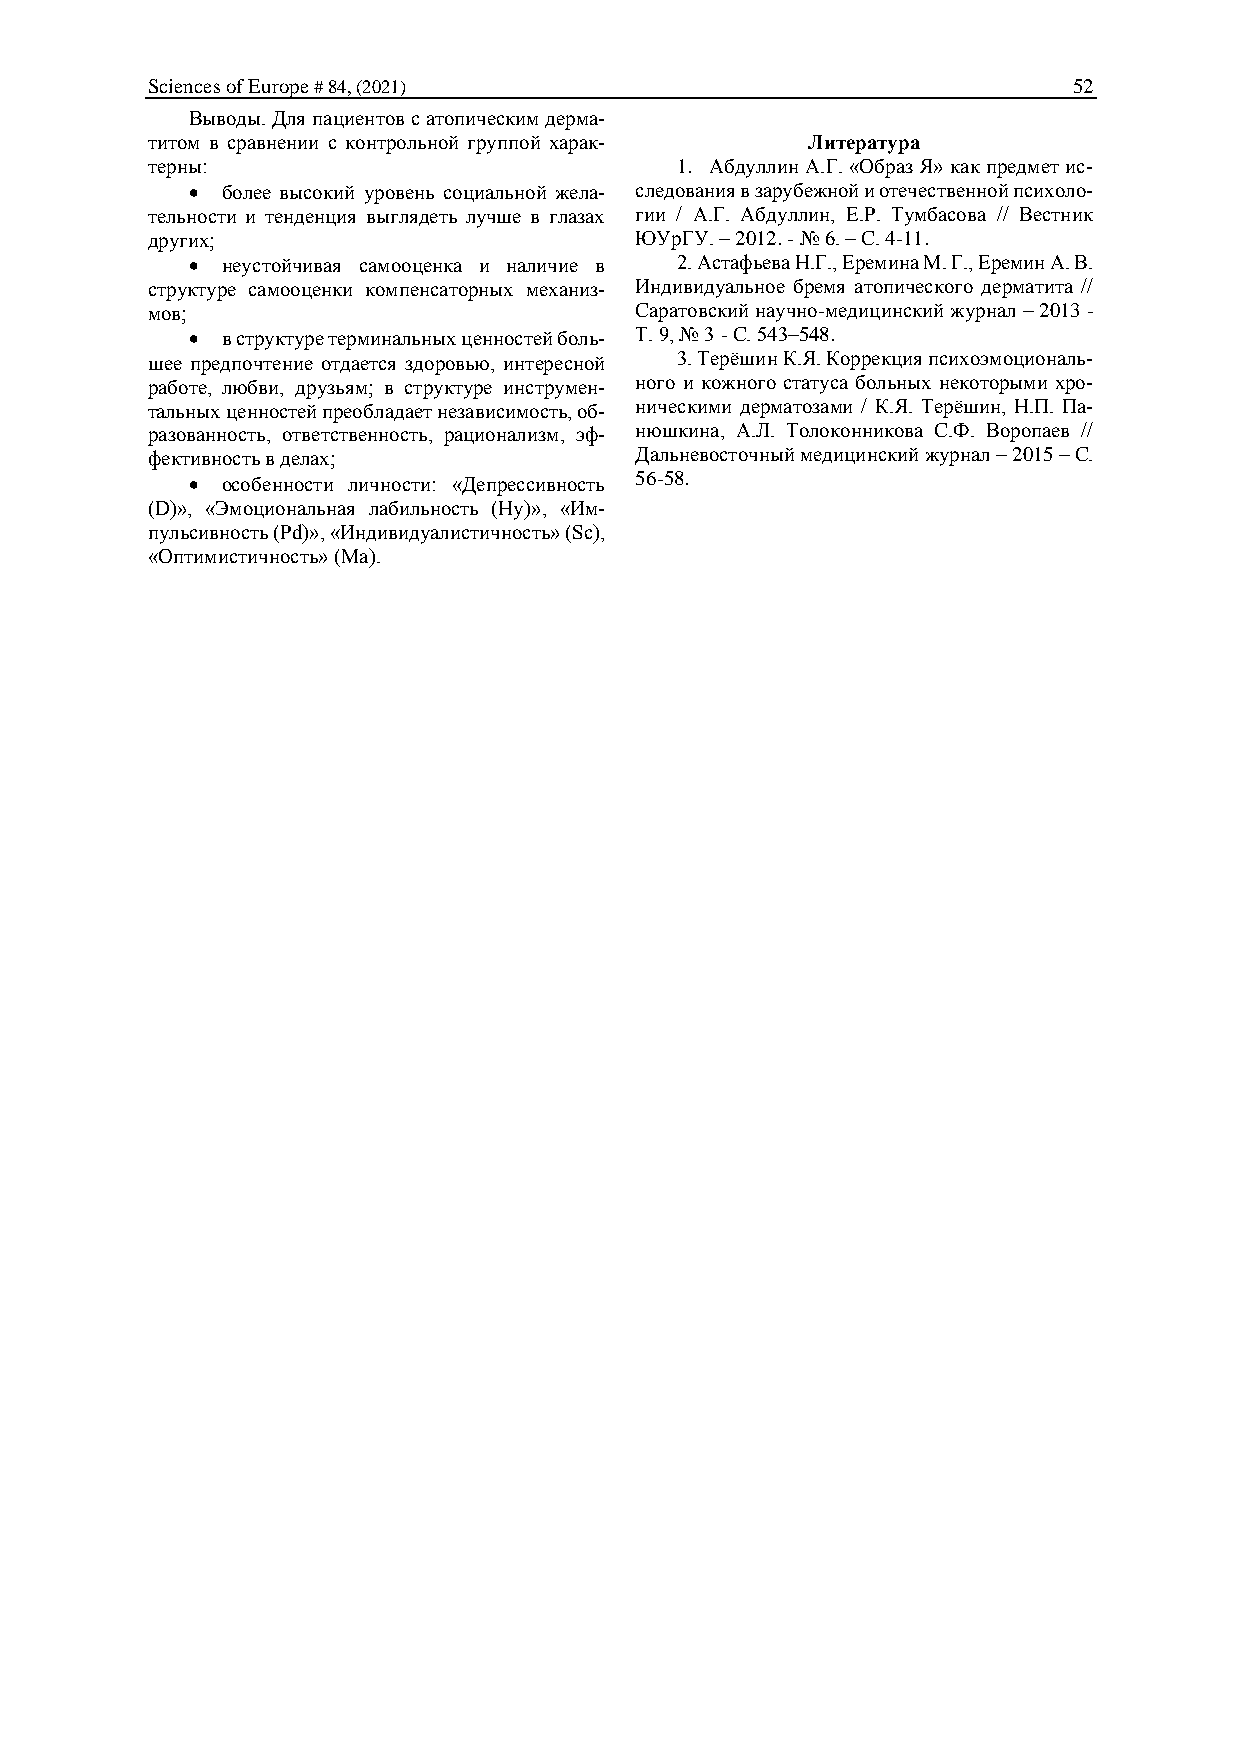
Sciences of Europe # 84, (2021)                              52
 Выводы. Для пациентов с атопическим дерма-
 титом в сравнении с контрольной группой харак- Литература
 терны:                             1. Абдуллин А.Г. «Образ Я» как предмет ис-
 • более высокий уровень социальной жела- следования в зарубежной и отечественной психоло-
 тельности и тенденция выглядеть лучше в глазах гии / А.Г. Абдуллин, Е.Р. Тумбасова // Вестник
 других;                         ЮУрГУ. – 2012. - № 6. – С. 4-11.
 • неустойчивая самооценка и наличие в 2. Астафьева Н.Г., Еремина М. Г., Еремин А. В.
 структуре самооценки компенсаторных механиз- Индивидуальное бремя атопического дерматита //
 мов;                            Саратовский научно-медицинский журнал – 2013 -
 • в структуре терминальных ценностей боль- Т. 9, № 3 - С. 543–548.
 шее предпочтение отдается здоровью, интересной 3. Терёшин К.Я. Коррекция психоэмоциональ-
 работе, любви, друзьям; в структуре инструмен- ного и кожного статуса больных некоторыми хро-
 тальных ценностей преобладает независимость, об- ническими дерматозами / К.Я. Терёшин, Н.П. Па-
 разованность, ответственность, рационализм, эф- нюшкина, А.Л. Толоконникова С.Ф. Воропаев //
 фективность в делах;            Дальневосточный медицинский журнал – 2015 – С.
 • особенности личности: «Депрессивность 56-58.
 (D)», «Эмоциональная лабильность (Hy)», «Им-
 пульсивность (Рd)», «Индивидуалистичность» (Sc),
 «Оптимистичность» (Ма).